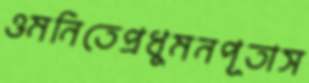
ওমনিতেপ্রধুমনপূতাস